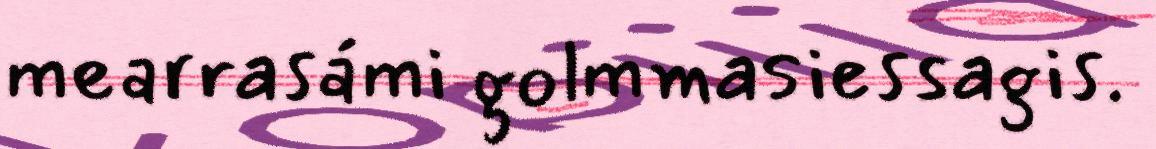
mearrasámi golmmasiessagis.